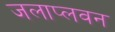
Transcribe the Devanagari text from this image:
जलाप्लवन